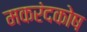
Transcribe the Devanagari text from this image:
मकरंदकोष